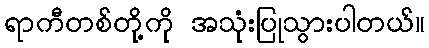
ရာကီတစ်တို့ကို အသုံးပြုသွားပါတယ်။